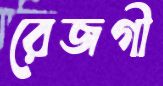
রেজগী